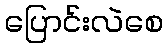
ပြောင်းလဲစေ